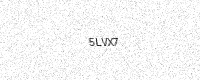
Text: 5LVX7